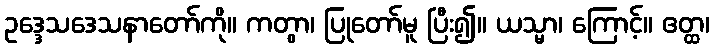
ဥဒ္ဒေသဒေသနာတော်ကို။ ကတွာ၊ ပြုတော်မူ ပြီး၍။ ယသ္မာ၊ ကြောင့်။ ဧတ္ထ၊